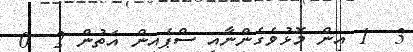
3  1 އިން މޮޅުވެގެންނާއި ސްޕެއިން އަތުން 2  0